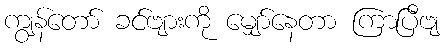
ကျွန်တော် ခင်ဗျားကို မျှော်နေတာ ကြာပြီဗျ